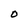
Character: O